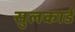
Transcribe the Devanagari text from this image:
सुलकार्ड